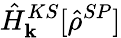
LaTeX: \hat{H}_{\mathbf k}^{KS}[\hat{\rho}^{SP}]